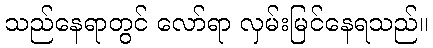
သည်နေရာတွင် လော်ရာ လှမ်းမြင်နေရသည်။